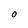
Character: O